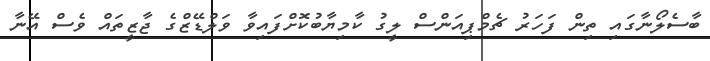
ބާސެލޯނާގައި ތިން ފަހަރު ޗެމްޕިއަންސް ލީގު ކާމިޔާބުކޮށްފައިވާ ވަލްޑޭޒްގެ ޖާޒީތައް ވެސް އޭނާ